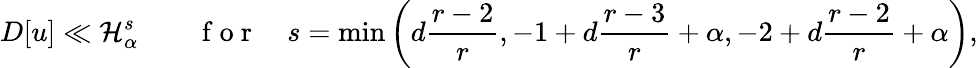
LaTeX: D[u]\ll\mathcal{H}_{\alpha}^{s}\qquad\mathrm{~f~o~r~}\quad s=\operatorname*{min}\left(d\frac{r-2}{r},-1+d\frac{r-3}{r}+\alpha,-2+d\frac{r-2}{r}+\alpha\right),